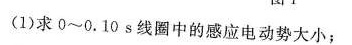
(1)求0~0.10s线圈中的感应电动势大小；